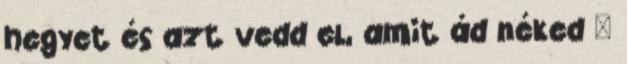
hegyet és azt vedd el, amit ád néked "